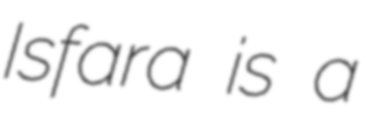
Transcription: Isfara is a